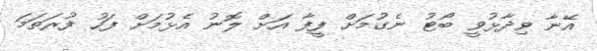
އޭނާ ވިދާޅުވީ ބޯޓު ނެގުމަށް ފީފާ އަށް ލޮނު އެޅުމަށް ފަހު ފުރަތަމަ